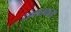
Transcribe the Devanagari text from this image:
संघातकता